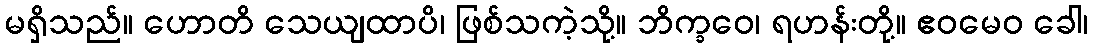
မရှိသည်။ ဟောတိ သေယျထာပိ၊ ဖြစ်သကဲ့သို့။ ဘိက္ခဝေ၊ ရဟန်းတို့။ ဧဝမေဝ ခေါ၊